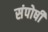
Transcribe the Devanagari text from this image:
संपोषी